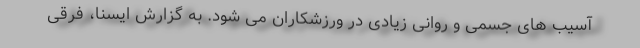
آسیب های جسمی و روانی زیادی در ورزشکاران می شود. به گزارش ایسنا، فرقی